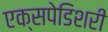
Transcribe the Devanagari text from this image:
एक्सपेडिशरी